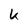
Character: u